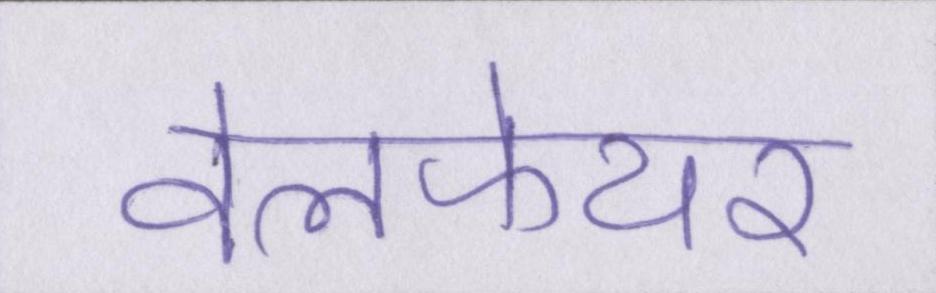
वेलफेयर